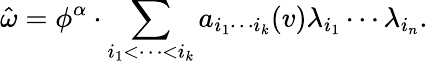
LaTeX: \hat{\omega}=\phi^{\alpha}\cdot\sum_{i_{1}<\cdots<i_{k}}a_{i_{1}\cdots i_{k}}(v)\lambda_{i_{1}}\cdots\lambda_{i_{n}}.